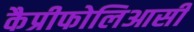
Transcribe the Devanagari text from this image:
कैप्रीफोलिआसी